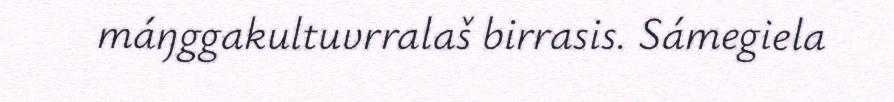
máŋggakultuvrralaš birrasis. Sámegiela